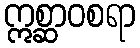
ဣစ္ဆာဝစရာ